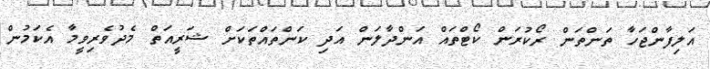
އަލިފާންޖަހާ ތަންތަން ރޯކުރަން ކޯޓްތައް އަންދާލަން އަދި ކަންތައްތަކަށް ޝަރީއަތް މެދުވެރިވީމާ އެކަމުން